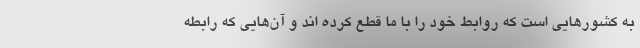
به کشور‌هایی است که روابط خود را با ما قطع کرده اند و آن‌هایی که رابطه